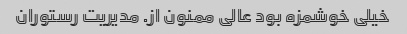
خیلی خوشمزه بود عالی ممنون از. مدیریت رستوران